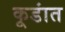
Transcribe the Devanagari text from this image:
कूडांत